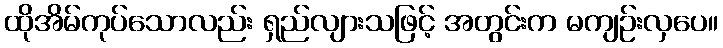
ထိုအိမ်ကုပ်သောလည်း ရှည်လျားသဖြင့် အတွင်းက မကျဉ်းလှပေ။